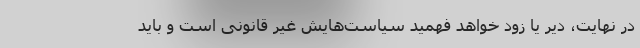
در نهایت، دیر یا زود خواهد فهمید سیاست‌هایش غیر قانونی است و باید